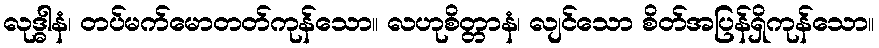
လုဒ္ဓါနံ၊ တပ်မက်မောတတ်ကုန်သော။ လဟုစိတ္တာနံ၊ လျင်သော စိတ်အပြန်ရှိကုန်သော။